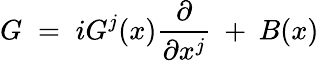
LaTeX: G\; =\; iG^{j}(x)\frac{\partial}{\partial x^{j}}\: +\: B(x)